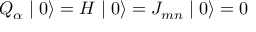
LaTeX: Q _ { \alpha } \mid 0 \rangle = H \mid 0 \rangle = J _ { m n } \mid 0 \rangle = 0